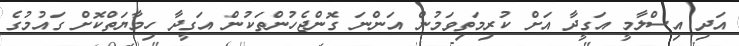
އަދި އިސްލާމީ އަގީދާ އަށް ކުރިމަތިވަމުން އަންނަ ގޮންޖެހުންތަކުން އަގީދާ ހިމާޔަތްކޮށް ގައުމުގެ